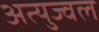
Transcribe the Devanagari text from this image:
अत्युज्वल